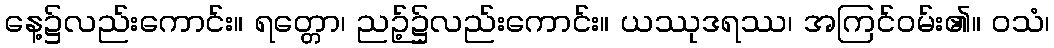
နေ့၌လည်းကောင်း။ ရတ္တော၊ ညဉ့်၌လည်းကောင်း။ ယဿုဒရဿ၊ အကြင်ဝမ်း၏။ ဝသံ၊